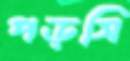
পড়সি